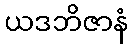
ယဒဘိဇာနံ